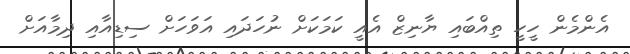
އެންމެން ހީހީ ތިއްބައި ޔާނިޒް އެއީ ކަމަކަށް ނުހަދައި އަވަހަށް ސިޑިއާއި ދިމާއަށް